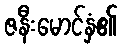
ဇနီးမောင်နှံ၏